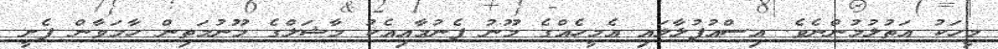
މީހަކު އަތުލުމުންނެވެ. އިސްއުފުލާލައި އެމީހެއްގެ މޫނު ފެނުމާއިއެކު މާޝަލްގެ މޫނުމަތިން ހާމަވާން ފެށީ